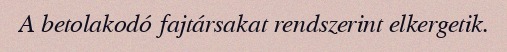
A betolakodó fajtársakat rendszerint elkergetik.